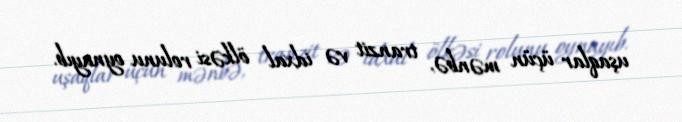
uşaqlar üçün mənbə, tranzit və idxal ölkəsi rolunu oynayıb.